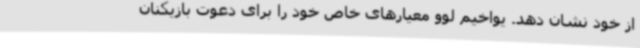
از خود نشان دهد. یواخیم لوو معیارهای خاص خود را برای دعوت بازیکنان